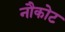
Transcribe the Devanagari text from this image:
नौकोट